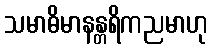
သမာဓိမာနန္တရိကညမာဟု